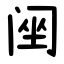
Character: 䦷